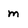
Character: m